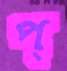
প্